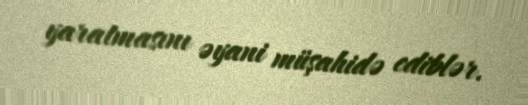
yaratmasını əyani müşahidə ediblər.